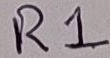
Text: R1